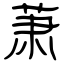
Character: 萧